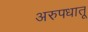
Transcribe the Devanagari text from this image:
अरुपधातू